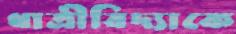
ধাত্রীবিদ্যাকে